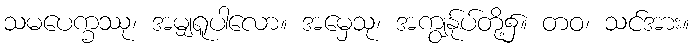
သမပေက္ခဿု၊ အမျှရူပါလော။ အမှေသု၊ အကျွန်ုပ်တို့၌။ တဝ၊ သင်အား။